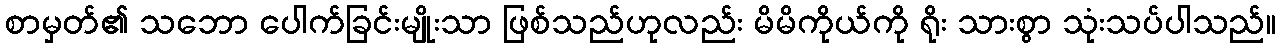
စာမှတ်၏ သဘော ပေါက်ခြင်းမျိုးသာ ဖြစ်သည်ဟုလည်း မိမိကိုယ်ကို ရိုး သားစွာ သုံးသပ်ပါသည်။